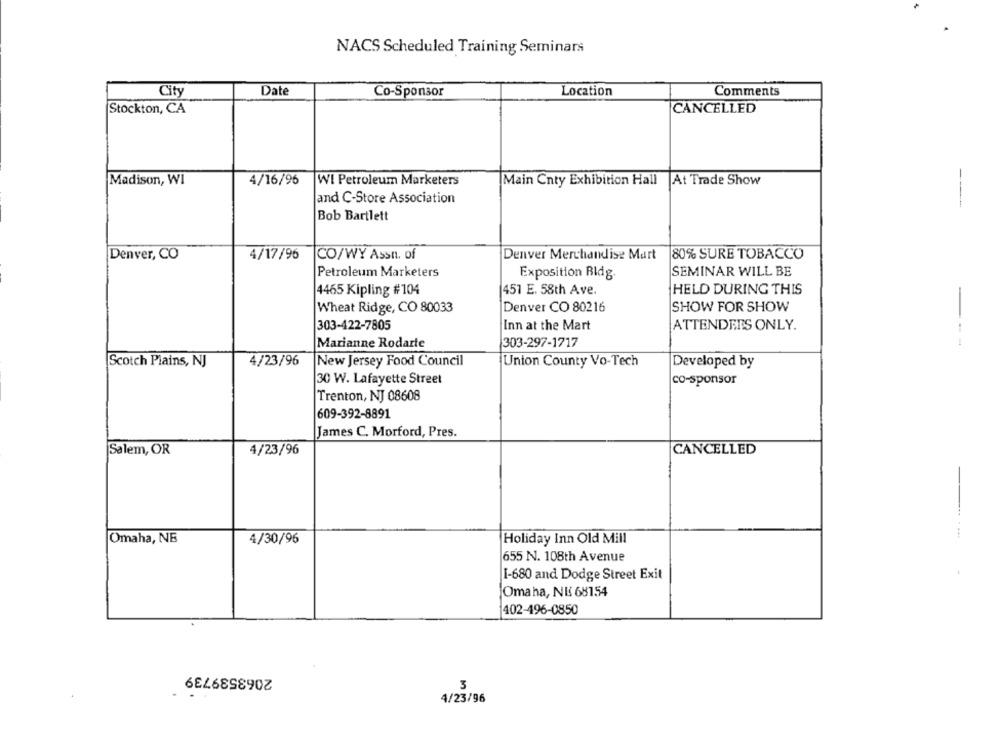
NACS Scheduled Training Seminars
City
Date
Co-Sponsor
Location
Comments
Stockton, CA
CANCELLED
Madison, WI
4/16/96
WI Petroleum Marketers
Main Cnty Exhibition Hall At Trade Show
and C-Store Association
Bob Bartlett
Denver, CO
4/17/96
CO/WY Assn. of
Denver Merchandise Mart
80% SURE TOBACCO
Petroleum Marketers
Exposition Bldg
SEMINAR WILL BE
4465 Kipling #104
451 E. 58th Ave.
HELD DURING THIS
Wheat Ridge, CO 80033
Denver CO 80216
SHOW FOR SHOW
303-422-7805
Inn at the Mart
ATTENDEES ONLY.
--
Marianne Rodarte
303-297-1717
Scotch Plains, NJ
4/23/96
New Jersey Food Council
Union County Vo-Tech
Developed by
30 W. Lafayette Street
co-sponsor
Trenton, NJ 08608
609-392-8891
James C. Morford, Pres.
Salem, OR
4/23/96
CANCELLED
Omaha, NE
4/30/96
Holiday Inn Old Mill
655 N. 108th Avenue
I-680 and Dodge Street Exit
Omaha, NE 68154
402-496-0850
2063539739
3
4/23/96